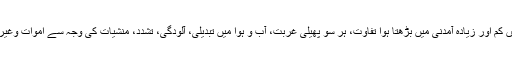
ان مسائل میں کم اور زیادہ آمدنی میں بڑھتا ہوا تفاوت، ہر سو پھیلی غربت، آب و ہوا میں تبدیلی، آلودگی، تشدد، منشیات کی وجہ سے اموات وغیرہ شامل ہیں۔